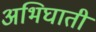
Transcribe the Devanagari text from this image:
अभिघाती